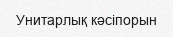
Унитарлық кәсіпорын